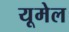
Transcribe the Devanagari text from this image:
यूमेल